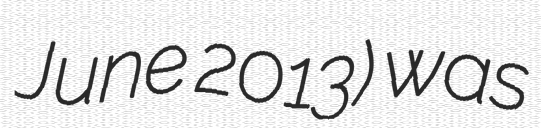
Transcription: June 2013) was